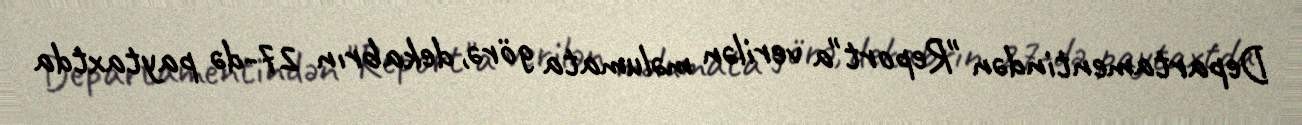
Departamentindən "Report"a verilən məlumata görə, dekabrın 27-də paytaxtda